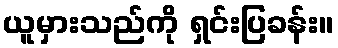
ယူမှားသည်ကို ရှင်းပြခန်း။